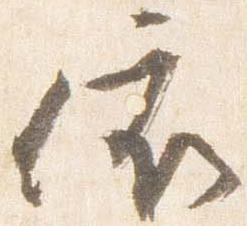
依